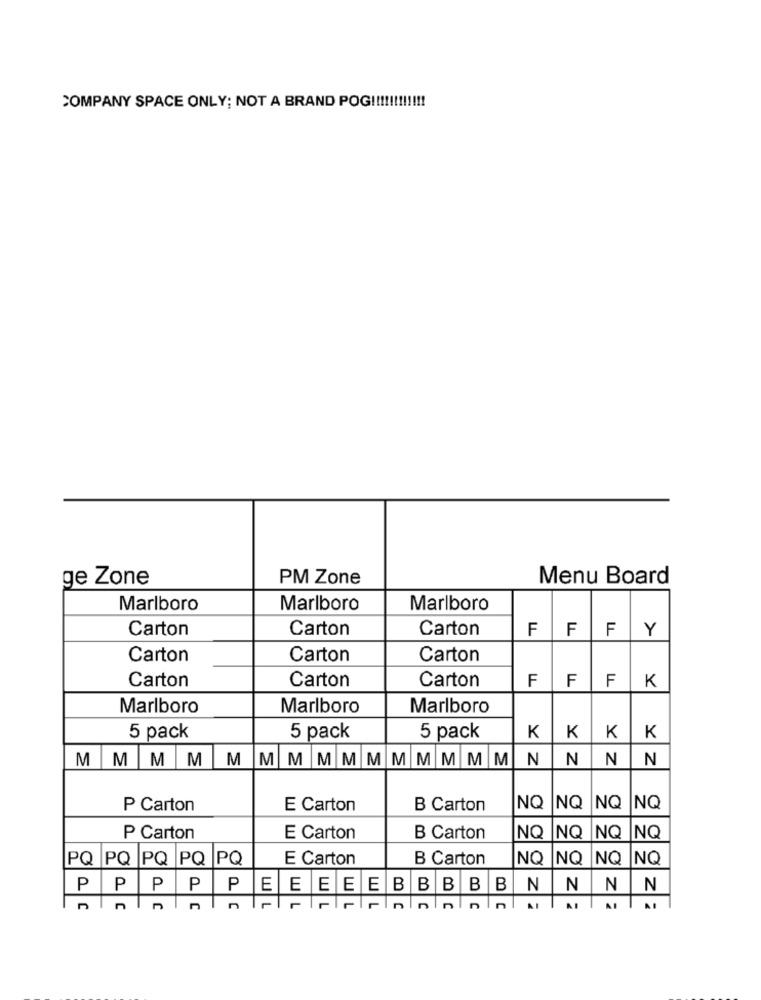
COMPANY SPACE ONLY; NOT A BRAND POG !!!!!!!!!!!!
ge Zone
PM Zone
Menu Board
Marlboro
Marlboro
Marlboro
Carton
Carton
Carton
FFFY
Carton
Carton
Carton
Carton
Carton
F
K
Carton
FF
Marlboro
Marlboro
Marlboro
5 pack
5 pack
5 pack
K
K
K
K
MMMMMMM MMMMMMMM
N
N
N
N
P Carton
E Carton
B Carton
NQ NQ
NQ
INQ
P Carton
E Carton
B Carton
NQ
NQ
NQ
NQ
PQ PQ PQ PQ PQ
E Carton
B Carton
NQ NQ NQ
INQ
PPPPP
EEEEEBBBBBN
N
N
N
n
nininin
AI